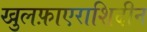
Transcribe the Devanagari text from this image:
खुलफ़ाएराशिदीन